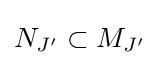
N_{J'}\subset M_{J'}